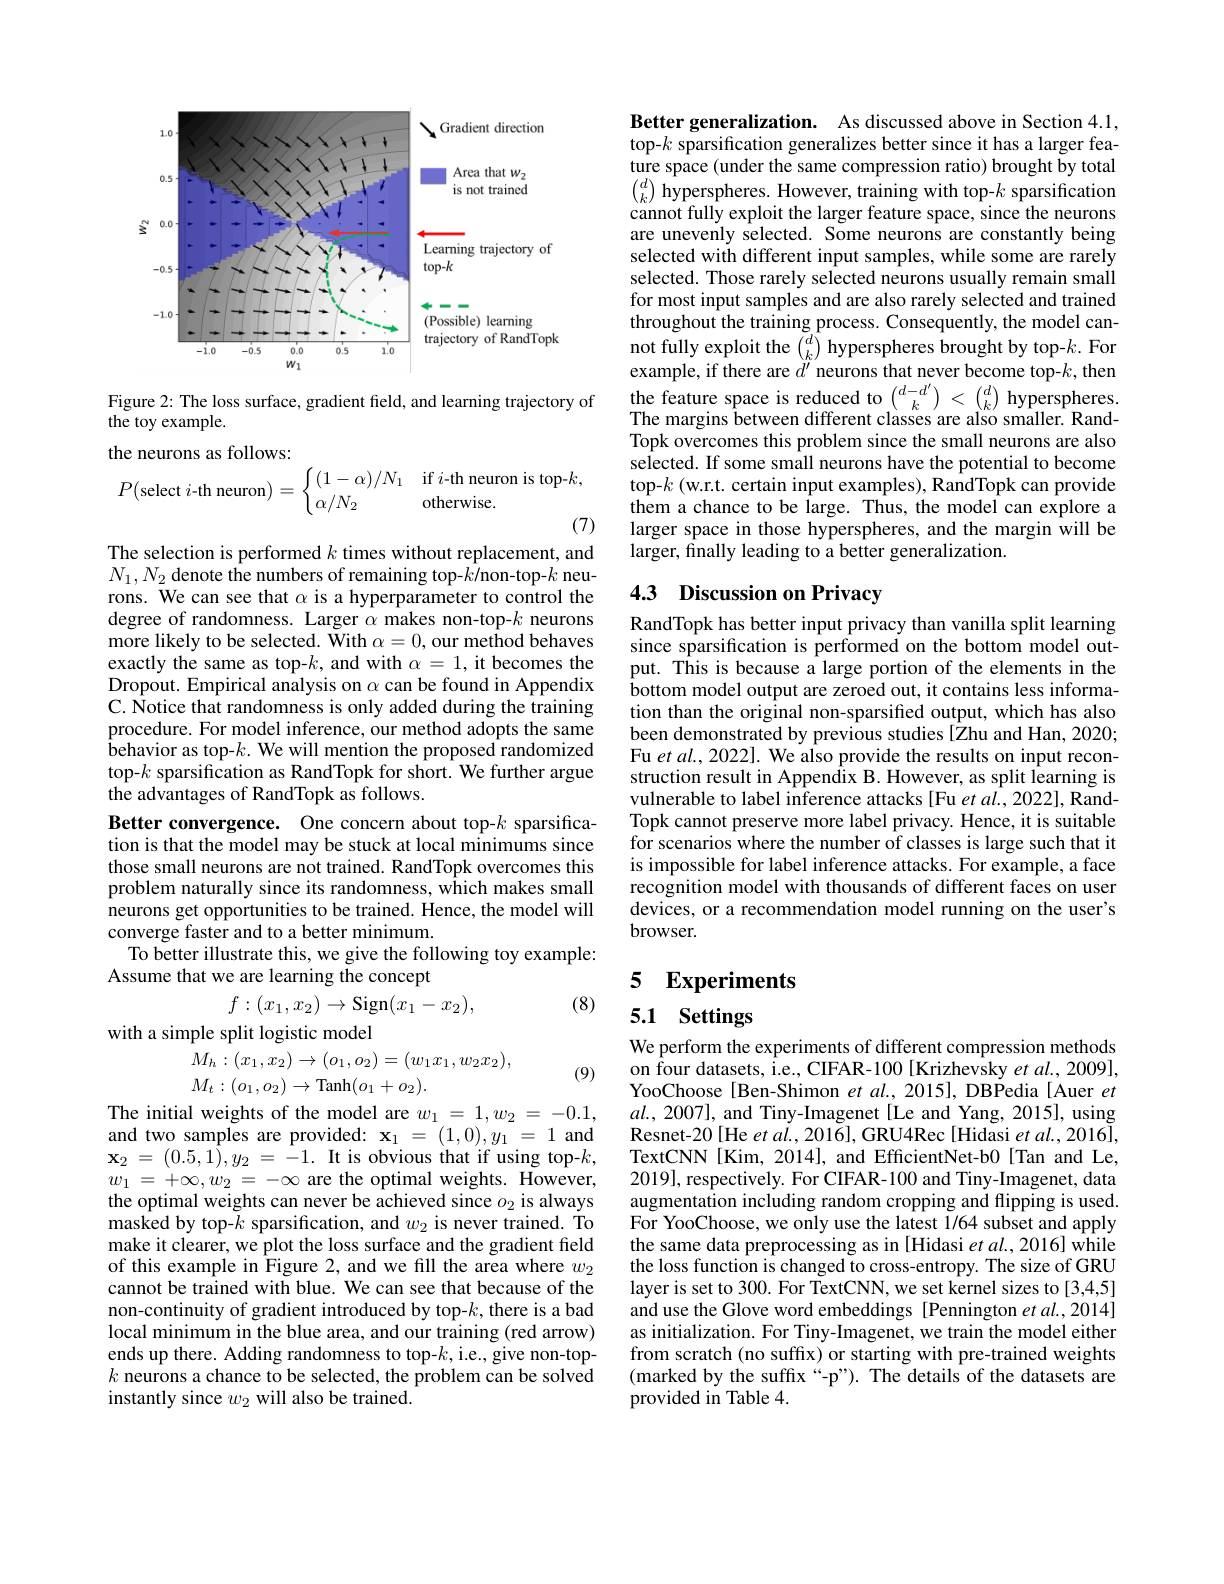
<FigureHere>

Figure 2: The loss surface, gradient field, and learning trajectory of
the toy example.
the neurons as follows:
$$P(\text{select}i\text{-th neuron})=\begin{cases}(1-\alpha)/N_1&\text{if}i\text{-th neuron is top-}k,\\\alpha/N_2&\text{otherwise.}\end{cases}$$
(7)

The selection is performed $k$ times without replacement, and $N_{1},N_{2}$ denote the numbers of remaining top-$k/$non-top-$k$ neurons. We can see that $\alpha$ is a hyperparameter to control the degree of randomness. Larger $\alpha$ makes non-top-$k$ neurons more likely to be selected. With $\alpha=0$, our method behaves exactly the same as top-$k$, and with $\alpha=1$,it becomes the Dropout. Empirical analysis on $\alpha$ can be found in Appendix C. Notice that randomness is only added during the training procedure. For model inference, our method adopts the same behavior as top-$k.$ We will mention the proposed randomized top-$k$ sparsification as RandTopk for short. We further argue the advantages of RandTopk as follows.
Better convergence. One concern about top-$k$ sparsification is that the model may be stuck at local minimums since those small neurons are not trained. RandTopk overcomes this problem naturally since its randomness, which makes small $\hat{\text{neurons get opportunities to be trained. Hence, the model will}}$ converge faster and to a better minimum.
To better illustrate this, we give the following toy example:
Assume that we are learning the concept
$$f:(x_1,x_2)\to\mathrm{Sign}(x_1-x_2),$$
(8)

with a simple split logistic model
$$M_{h}:(x_{1},x_{2})\to(o_{1},o_{2})=(w_{1}x_{1},w_{2}x_{2}),$$
$M_t:(o_1,o_2)\to$Tanh$(o_1+o_2).$

(9)

The initial weights of the model are $w_1=1,w_2=-0.1$, and two samples are provided: $\mathbf{x}_1=(1,0),y_1=1$ and $\mathbf{x} _{2}$ = $( 0. 5, 1) , y_{2}$ = $\overset {1}{\operatorname* { - 1. } }$It is obvious that if using top-$k$, $w_{1}=+\infty,w_{2}=-\infty$are the optimal weights. However, the optimal weights can never be achieved since $o_2$ is always masked by top-$k$ sparsification, and $w_2$ is never trained. To make it clearer, we plot the loss surface and the gradient field of this example in Figure 2, and we fill the area where $w_2$ cannot be trained with blue. We can see that because of the non-continuity of gradient introduced by top-$k$,there is a bad local minimum in the blue area, and our training (red arrow) ends up there. Adding randomness to top-$k$,i.e., give non-top- $k$ neurons a chance to be selected, the problem can be solved instantly since $w_2$ will also be trained.

Better generalization. As discussed above in Section 4.1, top-$k$ sparsification generalizes better since it has a larger feature space (under the same compression ratio) brought by total $\binom dk$ hyperspheres. However, training with top-$k$ sparsification cannot fully exploit the larger feature space, since the neurons are unevenly selected. Some neurons are constantly being selected with different input samples, while some are rarely selected. Those rarely selected neurons usually remain small for most input samples and are also rarely selected and trained throughout the training process. Consequently, the model cannot fully exploit the $\binom dk$ hyperspheres brought by top-$k.$ For example, if there are $d^\prime$ neurons that never become top-$k$, then $\begin{array}{l}{\text{the feature space is reduced to }\binom{d-d^{\prime}}k<\binom dk\text{ hyperspheres.}}\\{\text{The margins between different classes are also smaller. Rand-}}\end{array}$ Topk overcomes this problem since the small neurons are also selected. If some small neurons have the potential to become top-$k$ (w.r.t. certain input examples), RandTopk can provide them a chance to be large. Thus, the model can explore a larger space in those hyperspheres, and the margin will be larger, finally leading to a better generalization.

## 4.3 Discussion on Privacy

RandTopk has better input privacy than vanilla split learning since sparsification is performed on the bottom model output. This is because a large portion of the elements in the bottom model output are zeroed out, it contains less information than the original non-sparsified output, which has also been demonstrated by previous studies[Zhu and Han, 2020; Fu et al., 2022]. We also provide the results on input reconstruction result in Appendix B. However, as split learning is vulnerable to label inference attacks [Fu et al.,2022], RandTopk cannot preserve more label privacy. Hence, it is suitable for scenarios where the number of classes is large such that it is impossible for label inference attacks. For example, a face recognition model with thousands of different faces on user devices, or a recommendation model running on the user's browser.

# 5 Experiments

5.1 Settings

We perform the experiments of different compression methods on four datasets, i.e., CIFAR-100 [Krizhevsky et al., 2009], YooChoose[Ben-Shimon et al., 2015], DBPedia [Auer et $al.,2007]$, and Tiny-Imagenet[Le and Yang, 2015], using Resnet-20[He et al., 2016], GRU4Rec[Hidasi et al., 2016], TextCNN[Kim,2014], and EfficientNet-b0[Tan and Le, 2019], respectively. For CIFAR-100 and Tiny-Imagenet, data augmentation including random cropping and flipping is used. For YooChoose, we only use the latest 1/64 subset and apply the same data preprocessing as in [Hidasi et al.,2016] while the loss function is changed to cross-entropy. The size of GRU layer is set to 300. For TextCNN, we set kernel sizes to [3,4,5] and use the Glove word embeddings [Pennington et al., 2014] as initialization. For Tiny-Imagenet, we train the model either from scratch (no suffix) or starting with pre-trained weights (marked by the suffx“-p”). The details of the datasets are provided in Table 4.